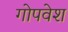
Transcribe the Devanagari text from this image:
गोपवेश